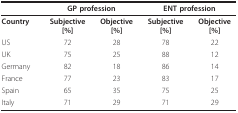
<table><thead><tr><td>[EMPTY_CELL]</td><td colspan="2"><b>GP profession</b></td><td colspan="2"><b>ENT profession</b></td></tr></thead><tbody><tr><td><b>Country</b></td><td><b>Subjective</b><b>[%]</b></td><td><b>Objective</b><b>[%]</b></td><td><b>Subjective</b><b>[%]</b></td><td><b>Objective</b><b>[%]</b></td></tr><tr><td>US</td><td>72</td><td>28</td><td>78</td><td>22</td></tr><tr><td>UK</td><td>75</td><td>25</td><td>88</td><td>12</td></tr><tr><td>Germany</td><td>82</td><td>18</td><td>86</td><td>14</td></tr><tr><td>France</td><td>77</td><td>23</td><td>83</td><td>17</td></tr><tr><td>Spain</td><td>65</td><td>35</td><td>75</td><td>25</td></tr><tr><td>Italy</td><td>71</td><td>29</td><td>71</td><td>29</td></tr></tbody></table>